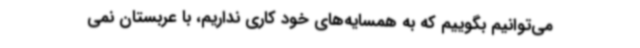
می‌توانیم بگوییم که به همسایه‌های خود کاری نداریم، با عربستان نمی